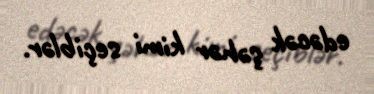
edəcək şəhər kimi seçiblər.